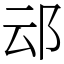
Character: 䢵